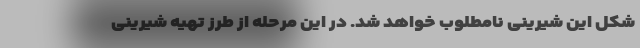
شکل این شیرینی نامطلوب خواهد شد. در این مرحله از طرز تهیه شیرینی